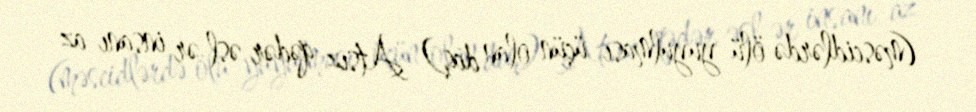
(məscidlərdə ölü yuyulması üçün olan daş) Atsız qədər əsl ər insanı az